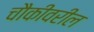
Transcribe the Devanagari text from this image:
चौकीवरील